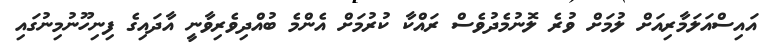
އައިސްއަލަމާރިއަށް ލުމަށް ވުރެ ލޮނުމެދުވެސް ރައްކާ ކުރުމަށް އެންމެ ބުއްދިވެރިވާނީ އާދައިގެ ފިނިހޫނުމިނުގައި